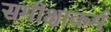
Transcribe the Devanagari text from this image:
समीक्षाकर्म